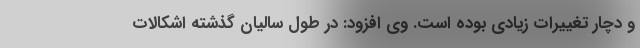
و دچار تغییرات زیادی بوده است. وی افزود: در طول سالیان گذشته اشکالات